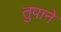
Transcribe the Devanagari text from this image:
तुपाने